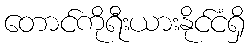
တောင်ကိုရီးယားနိုင်ငံရှိ